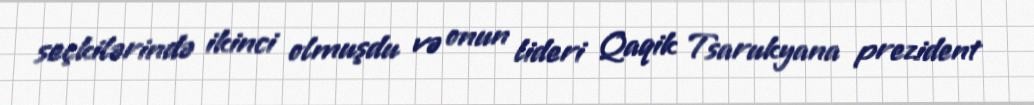
seçkilərində ikinci olmuşdu və onun lideri Qaqik Tsarukyana prezident